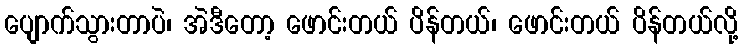
ပျောက်သွားတာပဲ၊ အဲဒီတော့ ဖောင်းတယ် ပိန်တယ်၊ ဖောင်းတယ် ပိန်တယ်လို့